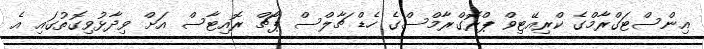
އިންސްޓަގްރާމްގެ ކްރިއޭޓިވް ޕްރޮގްރާމްސްގެ ހެޑް ޗާލްސް ޕޯޗް ރޮއިޓާސް އަށް ވިދާޅުވިގޮތުގައި އެ